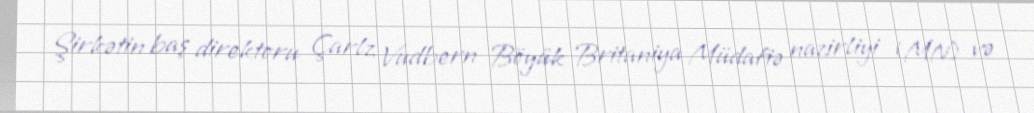
Şirkətin baş direktoru Çarlz Vudbern Böyük Britaniya Müdafiə nazirliyi (MN) və